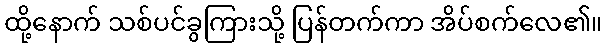
ထို့နောက် သစ်ပင်ခွကြားသို့ ပြန်တက်ကာ အိပ်စက်လေ၏။